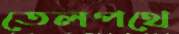
তেলপথে